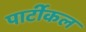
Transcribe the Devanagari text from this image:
पार्टीकल